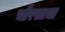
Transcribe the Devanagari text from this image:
चौरसाचा